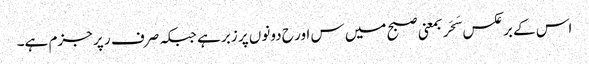
اس کے برعکس سَحَر بمعنی صبح میں س اور ح دونوں پر زبر ہے جبکہ صرف ر پر جزم ہے۔